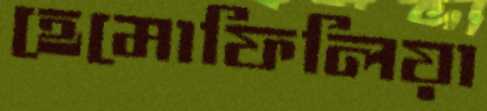
হেমোফিলিয়া